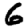
Digit: 6